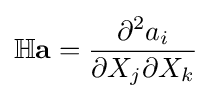
\mathbb {H} {\mathbf {a}}={\dfrac {\partial ^{2}a_{i}}{\partial X_{j}\partial X_{k}}}